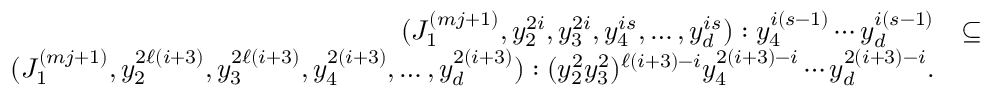
\begin{array} { r l } { ( J _ { 1 } ^ { ( m j + 1 ) } , y _ { 2 } ^ { 2 i } , y _ { 3 } ^ { 2 i } , y _ { 4 } ^ { i s } , \ldots , y _ { d } ^ { i s } ) : y _ { 4 } ^ { i ( s - 1 ) } \cdots y _ { d } ^ { i ( s - 1 ) } } & { \subseteq } \\ { ( J _ { 1 } ^ { ( m j + 1 ) } , y _ { 2 } ^ { 2 \ell ( i + 3 ) } , y _ { 3 } ^ { 2 \ell ( i + 3 ) } , y _ { 4 } ^ { 2 ( i + 3 ) } , \ldots , y _ { d } ^ { 2 ( i + 3 ) } ) : ( y _ { 2 } ^ { 2 } y _ { 3 } ^ { 2 } ) ^ { \ell ( i + 3 ) - i } y _ { 4 } ^ { 2 ( i + 3 ) - i } \cdots y _ { d } ^ { 2 ( i + 3 ) - i } . } \end{array}